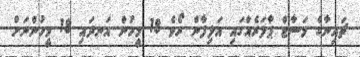
ޗައިނާގެ މަސާޖް ޕާލަރެއްގައި އަލިފާން ރޯވެ 18 މީހުން އަނދައި 18 މީހުންނަށް